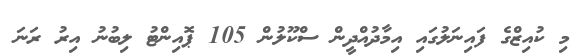
މި ކުއިޒްގެ ފައިނަލުގައި އިމާދުއްދީން ސްކޫލުން 105 ޕޮއިންޓު ލިބުނު އިރު ރަނަ